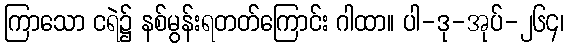
ကြာသော ငရဲ၌ နစ်မွန်းရတတ်ကြောင်း ဂါထာ။ ပါ-ဒု-အုပ်-၂၆၄၊